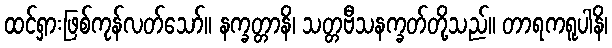
ထင်ရှားဖြစ်ကုန်လတ်သော်။ နက္ခတ္တာနိ၊ သတ္တဗီသနက္ခတ်တို့သည်။ တာရကရူပါနိ၊